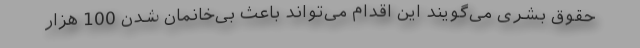
حقوق بشری می‌گویند این اقدام می‌تواند باعث بی‌خانمان شدن 100 هزار